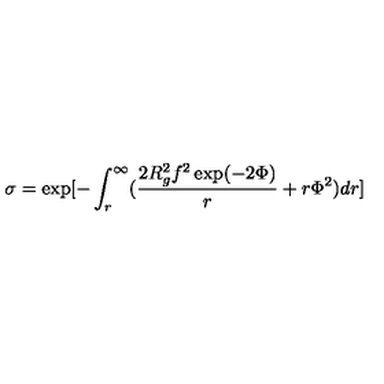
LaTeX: \sigma = \exp [ - \int _ { r } ^ { \infty } ( \frac { 2 R _ { g } ^ { 2 } f ^ { 2 } \exp ( - 2 \Phi ) } { r } + r \Phi ^ { 2 } ) d r ]